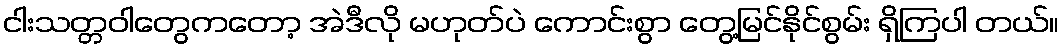
ငါးသတ္တဝါတွေကတော့ အဲဒီလို မဟုတ်ပဲ ကောင်းစွာ တွေ့မြင်နိုင်စွမ်း ရှိကြပါ တယ်။